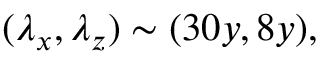
( \lambda _ { x } , \lambda _ { z } ) \sim ( 3 0 y , 8 y ) ,